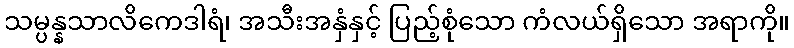
သမ္ပန္နသာလိကေဒါရံ၊ အသီးအနှံနှင့် ပြည့်စုံသော ကံလယ်ရှိသော အရာကို။